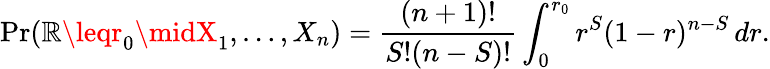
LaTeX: \operatorname*{Pr}(\mathbb{R}\leqr_{0}\midX_{1},\ldots,X_{n})={\frac{{(n+1)!}}{{S!(n-S)!}}}\int_{0}^{r_{0}}r^{S}(1-r)^{n-S}\, dr.